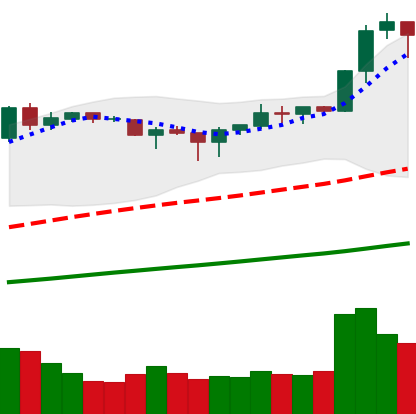
Ticker: BNB-USD
Chart end date: 2019-04-21
Forward return: -5.474%
Label: down_5_7